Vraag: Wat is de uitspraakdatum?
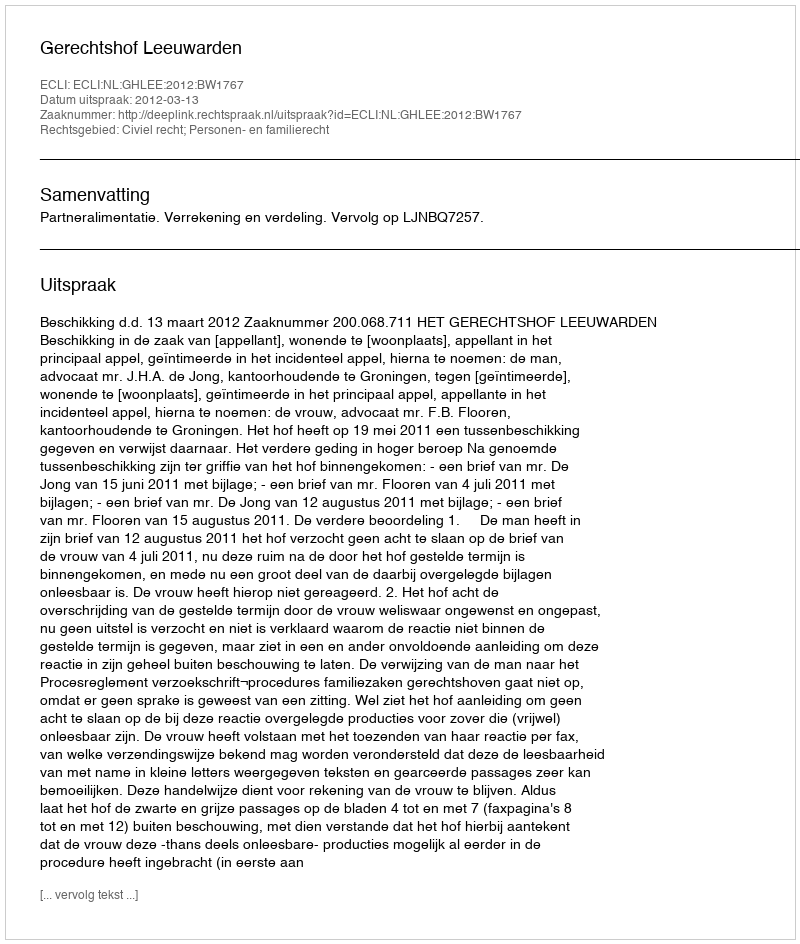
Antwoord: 2012-03-13